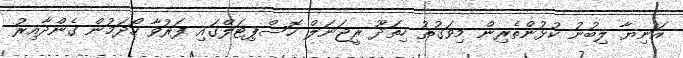
އަނިޔާ ލިިބުނު ކުޅުންތެރިން މިވަގުތު ހިތަދޫ ރީޖަނަލް ހޮސްޕިޓަލްގައި ފަރުވާ ހޯދަމުން ގެންދާއިރު